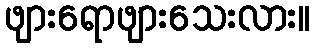
ဖျားရောဖျားသေးလား။